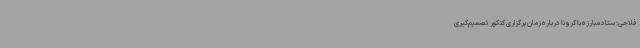
فلاحی: ستاد مبارزه با کرونا درباره زمان برگزاری کنکور تصمیم‌گیری